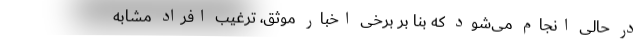
در حالی انجام می‌شود که بنا بر برخی اخبار موثق، ترغیب افراد مشابه